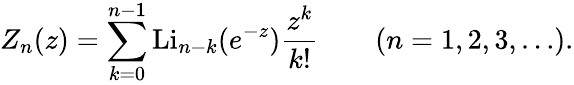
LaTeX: Z_{n}(z)=\sum_{k=0}^{n-1}\operatorname{Li}_{n-k}(e^{-z}){\frac{z^{k}}{k!}}\qquad(n=1,2,3,\ldots).